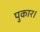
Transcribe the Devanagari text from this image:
पुकार।